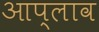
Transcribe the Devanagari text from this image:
आप्लाव